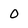
Character: 0